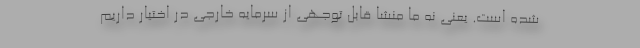
شده است. یعنی نه ما منشا قابل توجهی از سرمایه خارجی در اختیار داریم